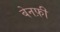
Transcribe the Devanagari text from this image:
बेनफ़ी